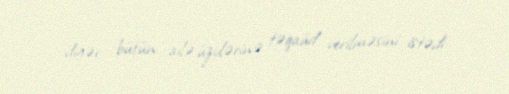
digər bütün ailə üzvlərinə təqaüd verilməsini istədi.